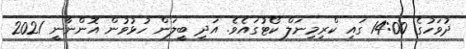
ދުވަހުގެ 14:00 ގައި ކްރިމިނަލް ކޯޓުގައެވެ. އަދި ބީލަން ހުޅުވުން އޮންނާނީ 2021